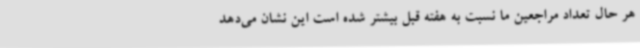
هر حال تعداد مراجعین ما نسبت به هفته قبل بیشتر شده است این نشان می‌دهد